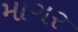
માગર